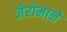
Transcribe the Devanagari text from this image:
जेरोमाने